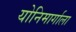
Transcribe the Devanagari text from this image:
योनिमार्गाला